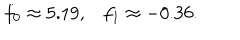
f _ { 0 } \approx 5 . 1 9 , f _ { 1 } \approx - 0 . 3 6 .